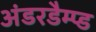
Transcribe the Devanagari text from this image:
अंडरडैम्प्ड